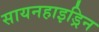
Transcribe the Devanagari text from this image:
सायनहाइड्रिन